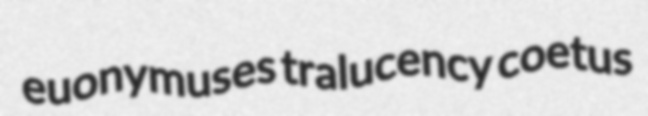
euonymuses tralucency coetus